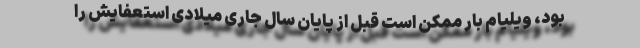
بود، ویلیام بار ممکن است قبل از پایان سال جاری میلادی استعفایش را